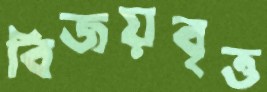
বিজয়বৃত্ত